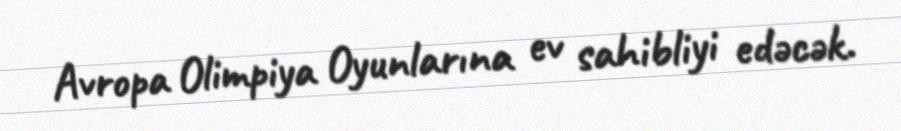
Avropa Olimpiya Oyunlarına ev sahibliyi edəcək.